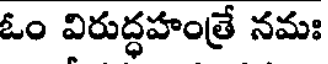
ఓం విరుద్ధహంత్రే నమః